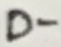
Text: D-